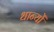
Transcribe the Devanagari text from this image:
धान्यों